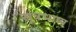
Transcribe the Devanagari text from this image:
सूत्रभाष्य